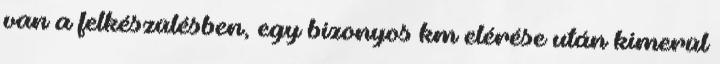
van a felkészülésben, egy bizonyos km elérése után kimerül